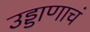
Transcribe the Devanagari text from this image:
उड्डाणाचं